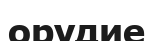
орудие